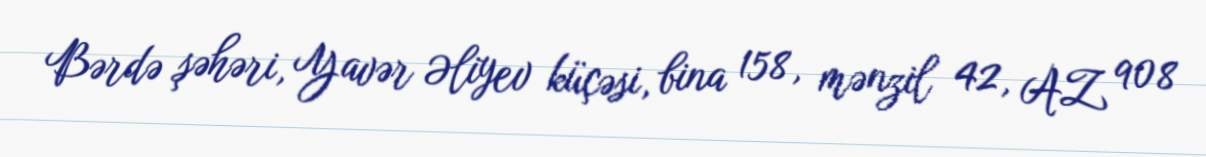
Bərdə şəhəri, Yavər Əliyev küçəsi, bina 158, mənzil 42, AZ 908